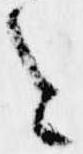
を